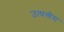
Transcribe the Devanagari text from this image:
उत्पत्तीस